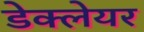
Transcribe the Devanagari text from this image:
डेक्लेयर